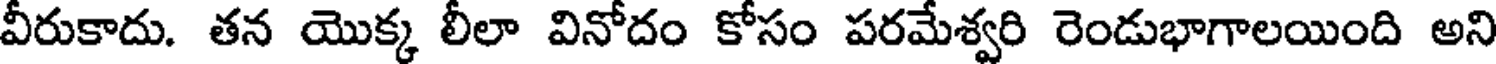
వీరుకాదు. తన యొక్క లీలా వినోదం కోసం పరమేశ్వరి రెండుభాగాలయింది అని